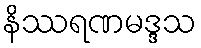
နိဿရဏမဒ္ဒသ